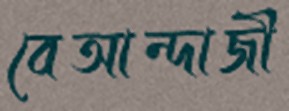
বেআন্দাজী